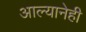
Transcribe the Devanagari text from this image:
आल्यानेही